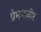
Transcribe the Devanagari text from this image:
प्रेमनज़ीर